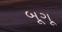
બૂગૂ